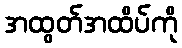
အထွတ်အထိပ်ကို